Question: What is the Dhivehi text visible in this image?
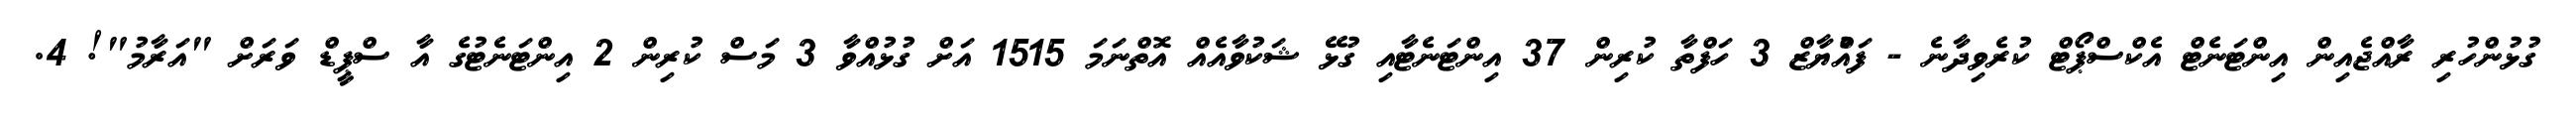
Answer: ގުޅުންހުރި ރާއްޖެއިން އިންޓަނެޓް އެކްސްޕޯޓް ކުރެވިދާނެ - ފައްުޔާޒް 3 ހަފްތާ ކުރިން 37 އިންޓަނެޓާއި ގުޅޭ ޝަކުވާއެއް އޮތްނަމަ 1515 އަށް ގުޅުއްވާ 3 މަސް ކުރިން 2 އިންޓަނެޓުގެ އާ ސްޕީޑް ވަރަށް "އަރާމު"! 4.